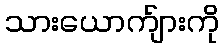
သားယောက်ျားကို